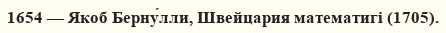
1654 — Якоб Берну́лли, Швейцария математигі (1705).